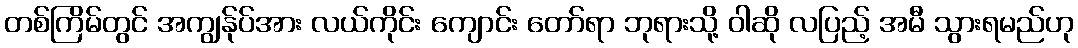
တစ်ကြိမ်တွင် အကျွန်ုပ်အား လယ်ကိုင်း ကျောင်း တော်ရာ ဘုရားသို့ ဝါဆို လပြည့် အမီ သွားရမည်ဟု